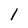
Character: l